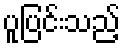
ပူပြင်းသည့်